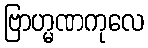
ဗြာဟ္မဏကုလေ